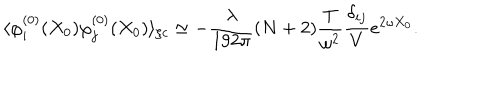
LaTeX: \langle \varphi _ { i } ^ { ( 0 ) } ( X _ { 0 } ) \varphi _ { j } ^ { ( 0 ) } ( X _ { 0 } ) \rangle _ { \zeta c } \simeq - \frac { \lambda } { 1 9 2 \pi } ( N + 2 ) \frac { T } { \omega ^ { 2 } } \frac { \delta _ { i j } } { V } e ^ { 2 \omega X _ { 0 } } .